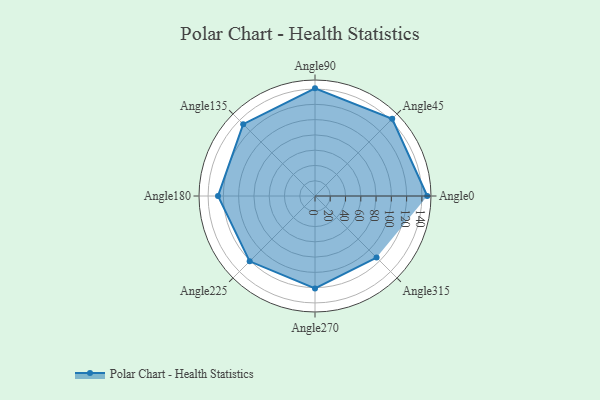
{"axis": {"x": "Angle", "y": "Radius"}, "legend": [""], "data": [{"x": "Angle0", "y": 147.0, "type": ""}, {"x": "Angle45", "y": 143.0, "type": ""}, {"x": "Angle90", "y": 141.0, "type": ""}, {"x": "Angle135", "y": 133.0, "type": ""}, {"x": "Angle180", "y": 127.0, "type": ""}, {"x": "Angle225", "y": 121.0, "type": ""}, {"x": "Angle270", "y": 121.0, "type": ""}, {"x": "Angle315", "y": 114.0, "type": ""}]}